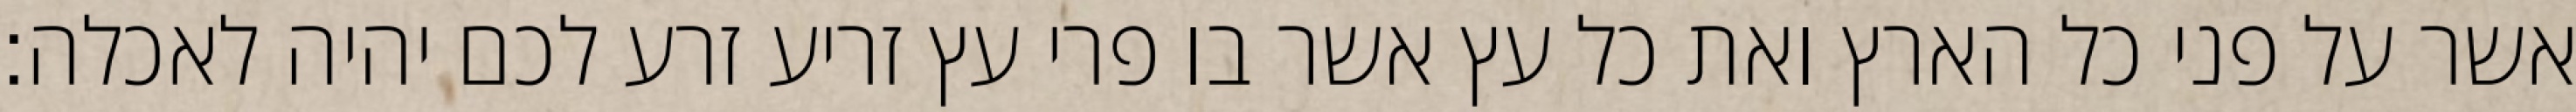
אשר על פני כל הארץ ואת כל עץ אשר בו פרי עץ זריע זרע לכם יהיה לאכלה׃